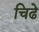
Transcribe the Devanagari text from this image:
चिढे